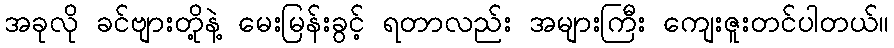
အခုလို ခင်ဗျားတို့နဲ့ မေးမြန်းခွင့် ရတာလည်း အများကြီး ကျေးဇူးတင်ပါတယ်။